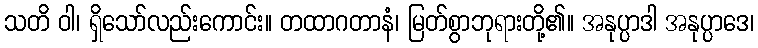
သတိ ဝါ၊ ရှိသော်လည်းကောင်း။ တထာဂတာနံ၊ မြတ်စွာဘုရားတို့၏။ အနုပ္ပာဒါ အနုပ္ပာဒေ၊